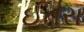
ઈતરા